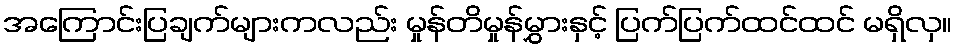
အကြောင်းပြချက်များကလည်း မှုန်တိမှုန်မွှားနှင့် ပြက်ပြက်ထင်ထင် မရှိလှ။